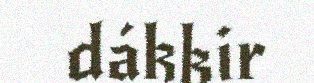
dákkir